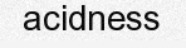
acidness